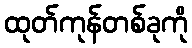
ထုတ်ကုန်တစ်ခုကို